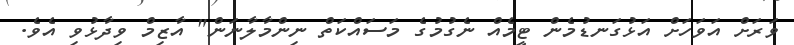
ވަރަށް އަވަހަށް އަޅުގަނޑުމެން ޓީމެއް ނެގުމުގެ މަސައްކަތް ނިންމާލާނަން" އާޒިމް ވިދާޅުވި އެވެ.